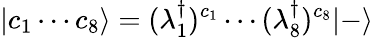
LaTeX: |c_{1}\cdots c_{8}\rangle=(\lambda_{1}^{\dagger})^{c_{1}}\cdots(\lambda_{8}^{\dagger})^{c_{8}}|-\rangle